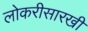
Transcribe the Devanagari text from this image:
लोकरीसारखी